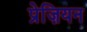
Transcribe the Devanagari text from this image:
प्रेज़ियन